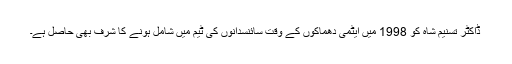
ڈاکٹر تسنیم شاہ کو 1998 میں ایٹمی دھماکوں کے وقت سائنسدانوں کی ٹیم میں شامل ہونے کا شرف بھی حاصل ہے۔